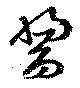
醬